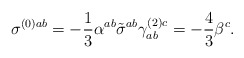
\begin{align*}\sigma^{(0) ab}=-\frac{1}{3}\alpha^{ab} \tilde{\sigma}^{ab} \gamma_{ab}^{(2)c} =-\frac{4}{3} \beta^c. \end{align*}